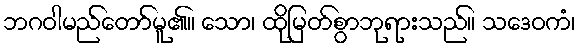
ဘဂဝါမည်တော်မူ၏။ သော၊ ထိုမြတ်စွာဘုရားသည်။ သဒေဝကံ၊